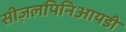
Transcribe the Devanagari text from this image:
सीज़लपिनिआयडी